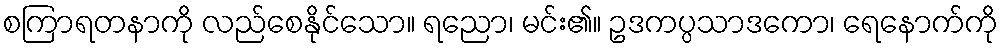
စကြာရတနာကို လည်စေနိုင်သော။ ရညော၊ မင်း၏။ ဥဒကပ္ပသာဒကော၊ ရေနောက်ကို